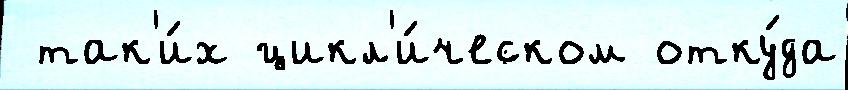
 так'и́х цикл'и́ческом отку́да